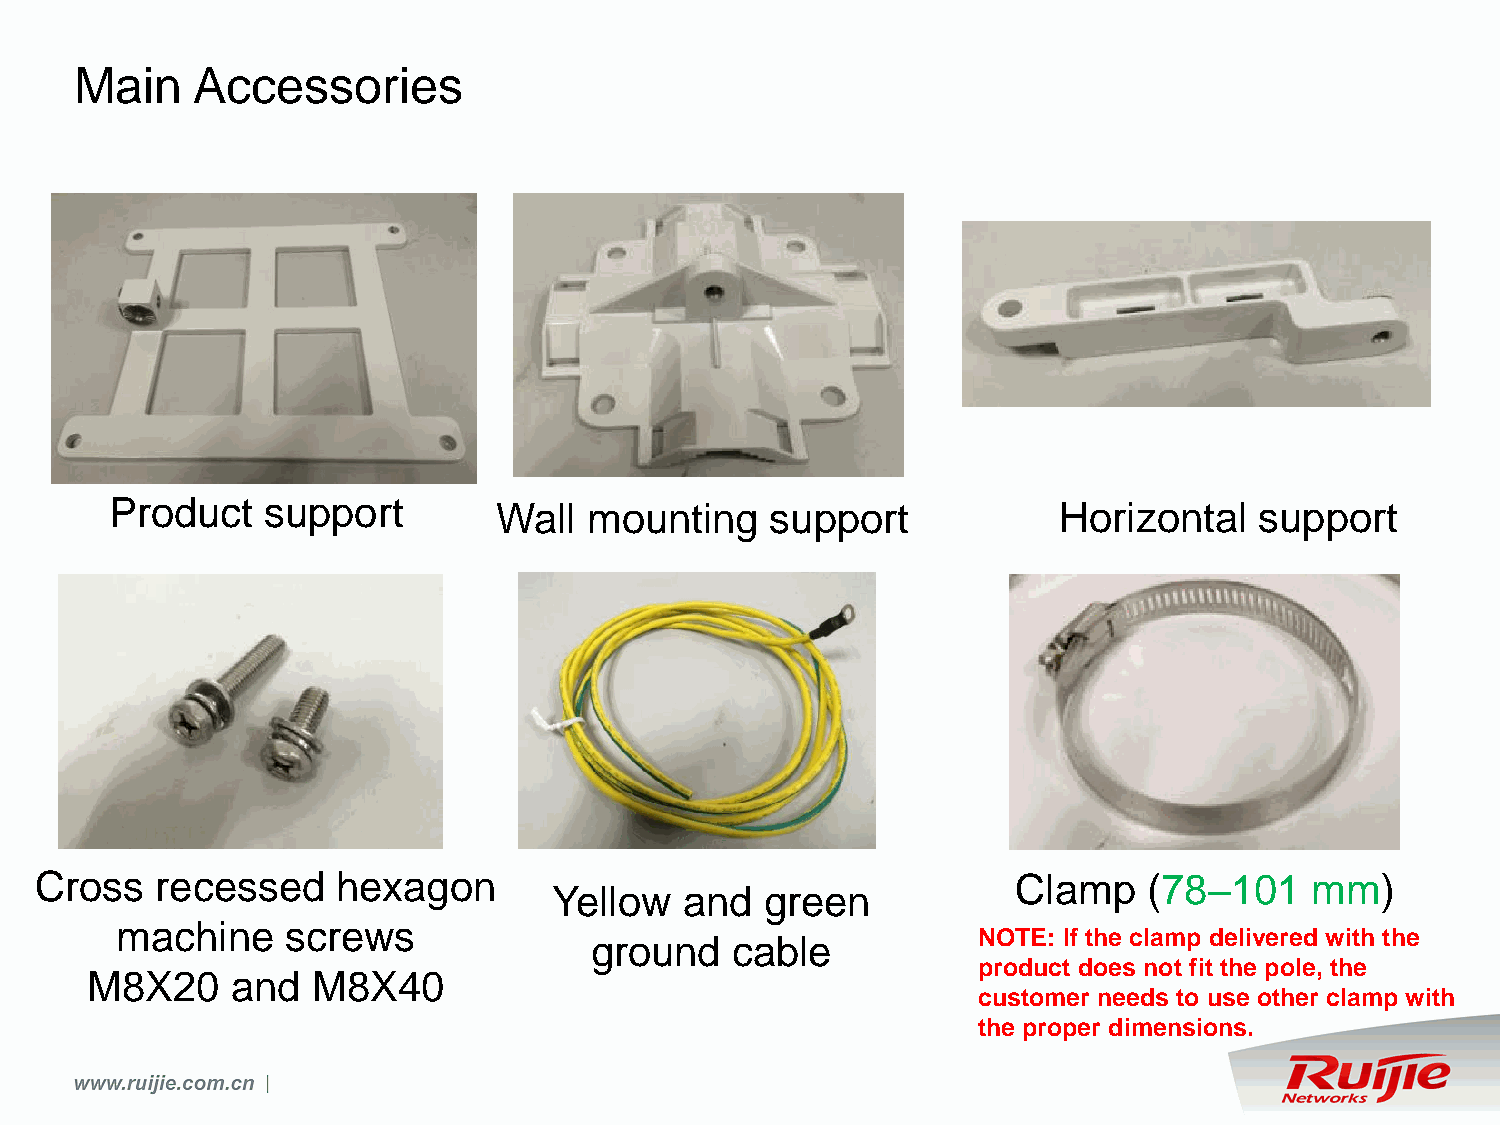
Main    Accessories
 Product   support         Wall  mounting    support            Horizontal   support
 Cross   recessed    hexagon                                      Clamp    (78–101    mm)
 Yellow  and   green
 machine    screws
 NOTE: If the clamp delivered with the
 ground   cable
 product does not fit the pole, the
 M8X20    and   M8X40
 customer needs to use other clamp with
 the proper dimensions.